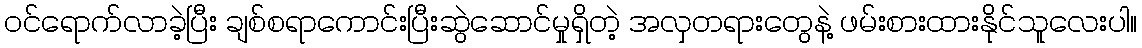
ဝင်ရောက်လာခဲ့ပြီး ချစ်စရာကောင်းပြီးဆွဲဆောင်မှုရှိတဲ့ အလှတရားတွေနဲ့ ဖမ်းစားထားနိုင်သူလေးပါ။